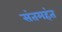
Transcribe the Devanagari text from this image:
संतमहंत